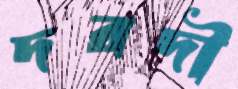
দরদী